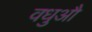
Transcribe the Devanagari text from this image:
वधुऔ